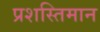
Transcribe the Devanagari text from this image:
प्रशस्तिमान